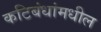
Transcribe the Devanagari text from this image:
कटिबंधांमधील